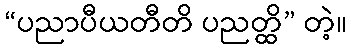
“ပညာပီယတီတိ ပညတ္ထိ” တဲ့။